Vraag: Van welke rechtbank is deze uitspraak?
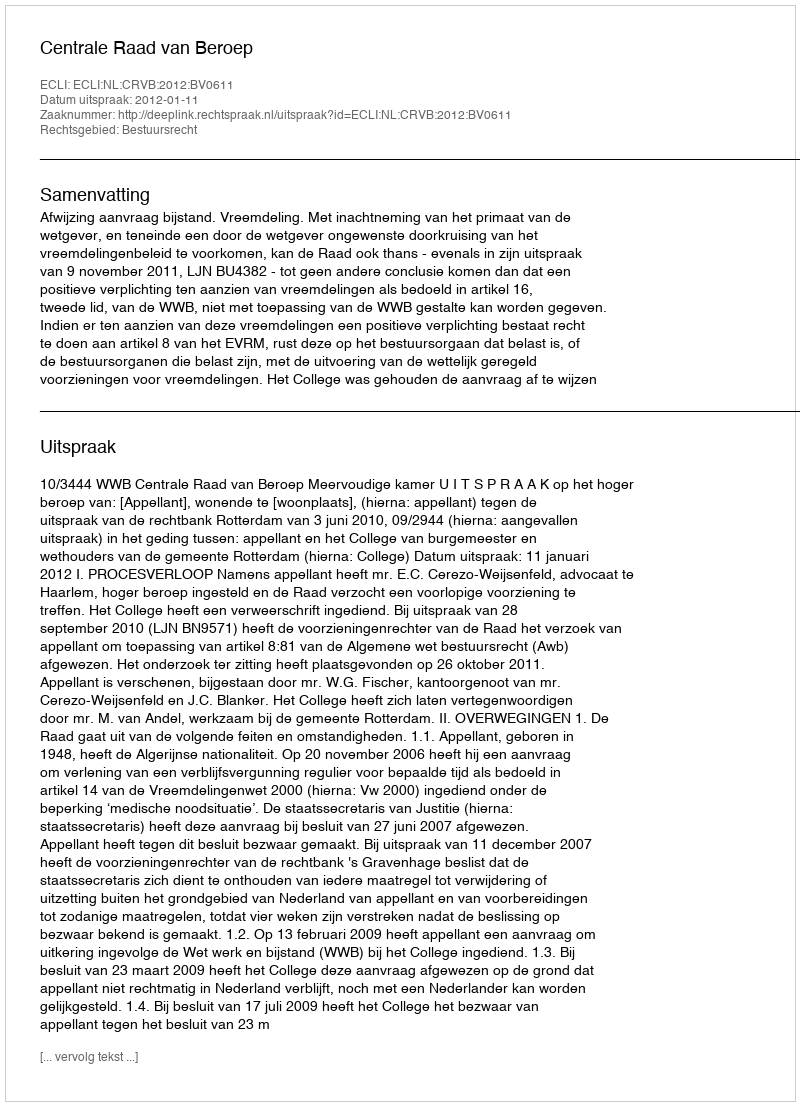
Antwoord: Centrale Raad van Beroep